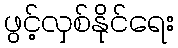
ဖွင့်လှစ်နိုင်ရေး